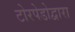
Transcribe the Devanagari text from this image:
टोरपेडोद्वारा